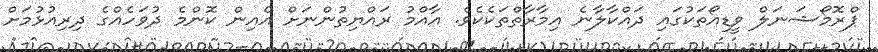
ޕްރޮމޯޝަނަލް ވީޑިއޯތަކުގައި ދައްކާލާނެ އިމާރާތްތަކެކެވެ. އާއްމު ރައްޔިތުންނަށް އެއިން ކޮންމެ ދުވަހެއްގެ ދިރިއުޅުމަށް